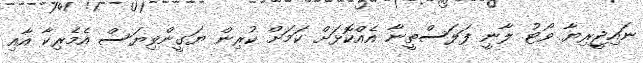
ނައިޖީރިޔާ ވޯޓު ލާނީ ފަލަސްތީނާ އެއްކޮޅަށް ކަމަށް ކުރިން ޔަގީންވިޔަސް އެމެރިކާ އާއި